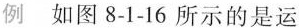
例 如图8-1-16所示的是运